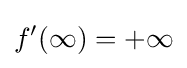
f^{\prime }(\infty )=+\infty